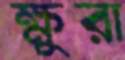
ক্ষুরা